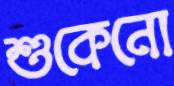
শুকেনো